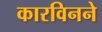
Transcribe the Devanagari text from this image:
कारविनने